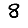
Digit: 8